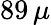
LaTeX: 89\, \mu